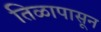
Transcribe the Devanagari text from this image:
तिळापासून